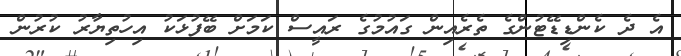
އެ ދެ ކެންޑިޑޭޓުންގެ ތެރެއިން ގައުމުގެ ރައީސް ކަމަށް ބޭފުޅަކު އިހުތިޔާރު ކުރުން